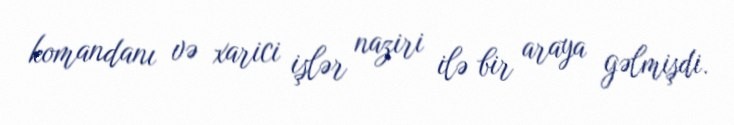
komandanı və xarici işlər naziri ilə bir araya gəlmişdi.